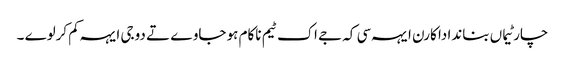
چار ٹیماں بناندا دا کارن ایہہ سی کہ جے اک ٹیم ناکام ہو جاوے تے دوجی ایہہ کم کرلوے ۔